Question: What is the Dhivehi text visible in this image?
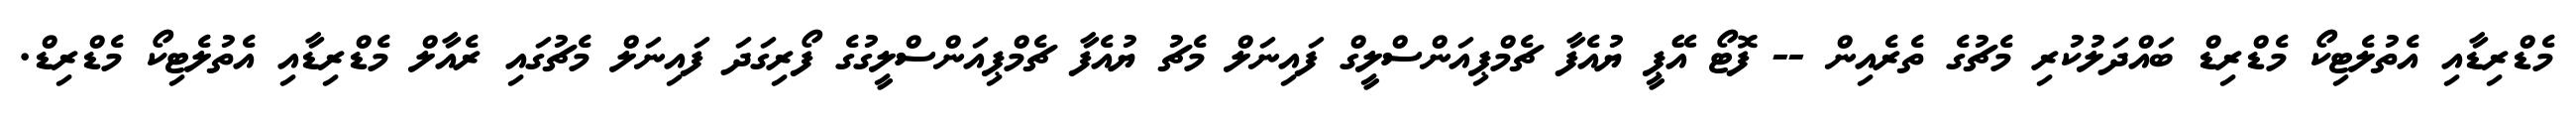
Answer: މެޑްރިޑާއި އެތުލެޓިކޯ މެޑްރިޑް ބައްދަލުކުރި މެޗުގެ ތެރެއިން -- ފޮޓޯ އޭޕީ ޔުއެފާ ޗެމްޕިއަންސްލީގް ފައިނަލް މެޗު ޔުއެފާ ޗެމްޕިއަންސްލީގުގެ ފޯރިގަދަ ފައިނަލް މެޗުގައި ރެއާލް މެޑްރިޑާއި އެތުލެޓިކޯ މެޑްރިޑް.